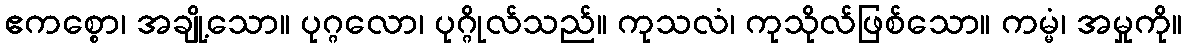
ဧကစ္စော၊ အချို့သော။ ပုဂ္ဂလော၊ ပုဂ္ဂိုလ်သည်။ ကုသလံ၊ ကုသိုလ်ဖြစ်သော။ ကမ္မံ၊ အမှုကို။